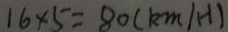
1 6 \times 5 = 8 0 ( k m / H )